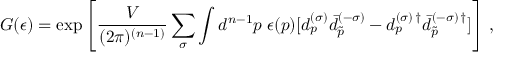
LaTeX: G ( \epsilon ) = \exp \left[ \frac { V } { ( 2 \pi ) ^ { ( n - 1 ) } } \sum _ { \sigma } \int d ^ { n - 1 } p \; \epsilon ( p ) [ d _ { p } ^ { ( \sigma ) } \bar { d } _ { \tilde { p } } ^ { ( - \sigma ) } - d _ { p } ^ { ( \sigma ) \, \dagger } \bar { d } _ { \tilde { p } } ^ { ( - \sigma ) \, \dagger } ] \right] \, { , }